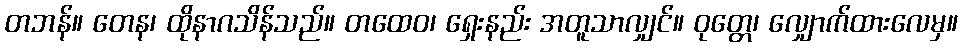
တဘန်။ တေန၊ ထိုနာဂသိန်သည်။ တထေဝ၊ ရှေးနည်း အတူသာလျှင်။ ဝုတ္တေ၊ လျှောက်ထားလေမှ။